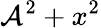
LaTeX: \mathcal{A}^{2}+x^{2}